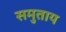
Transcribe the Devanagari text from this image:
समुताय